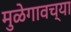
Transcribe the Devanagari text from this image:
मुळेगावच्या